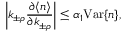
\left| k _ { \pm \rho } \frac { \partial \langle n \rangle } { \partial k _ { \pm \rho } } \right| \leq \alpha _ { 1 } \mathrm { V a r } \{ n \} ,